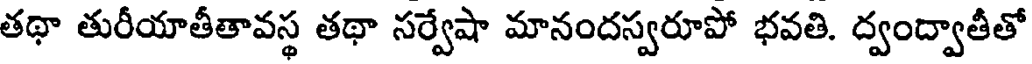
తథా తురీయాతీతావస్థ తథా సర్వేషా మానందస్వరూపో భవతి. ద్వంద్వాతీతో